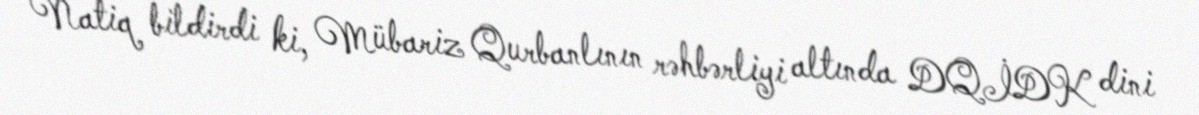
Natiq bildirdi ki, Mübariz Qurbanlının rəhbərliyi altında DQİDK dini